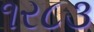
૧ર૮૩